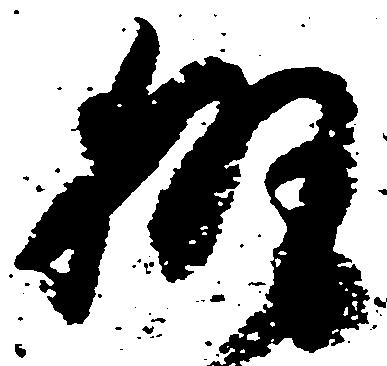
執